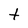
Character: t